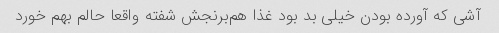
آشی که آورده بودن خیلی بد بود غذا هم‌برنجش شفته واقعا حالم بهم خورد